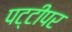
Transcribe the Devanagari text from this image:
पट्टीपर